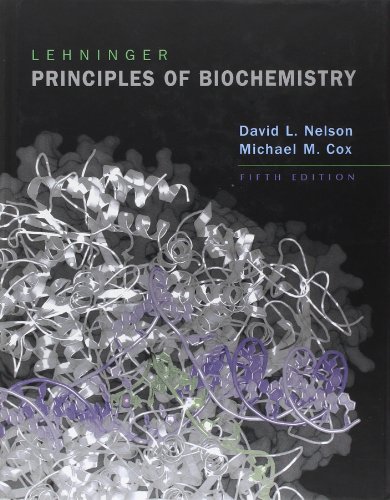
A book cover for Lehninger Principles of Biochemistry; David L. Nelson; Engineering & Transportation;